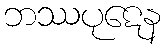
ဘဿပုဋေန